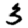
Digit: 3